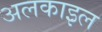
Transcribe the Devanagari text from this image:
अलकाइल